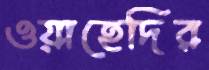
ওয়াহেদির